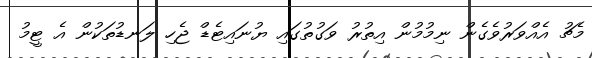
މެޗު އެއްވަރުވެގެން ނިމުމުން އިތުރު ވަގުތުގައި ޔުނައިޓެޑް ޖެހި ލަނޑުތަކުން އެ ޓީމު